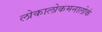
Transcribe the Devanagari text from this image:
लोकालोकमनालोकं